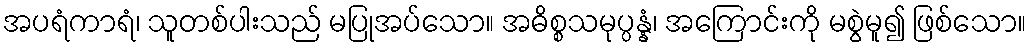
အပရံကာရံ၊ သူတစ်ပါးသည် မပြုအပ်သော။ အဓိစ္စသမုပ္ပန္နံ၊ အကြောင်းကို မစွဲမူ၍ ဖြစ်သော။